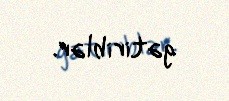
gətiriblər.